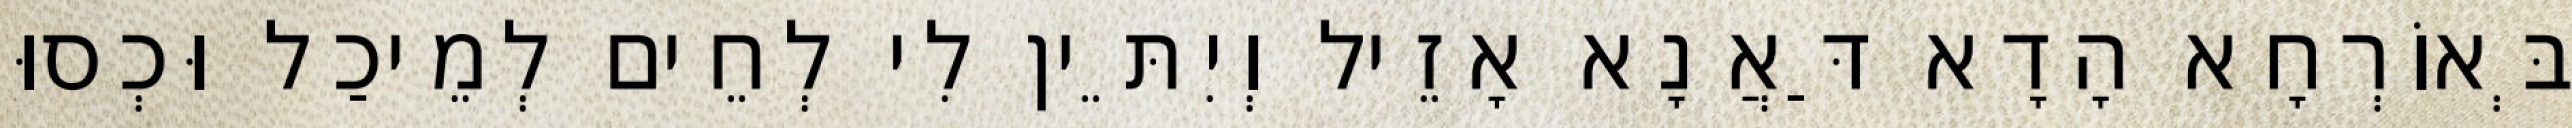
בְּאוֹרְחָא הָדָא דַּאֲנָא אָזֵיל וְיִתֵּין לִי לְחֵים לְמֵיכַל וּכְסוּ